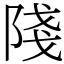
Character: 䧖